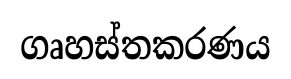
ගෘහස්තකරණය